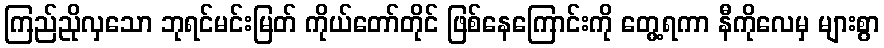
ကြည်ညိုလှသော ဘုရင်မင်းမြတ် ကိုယ်တော်တိုင် ဖြစ်နေကြောင်းကို တွေ့ရကာ နီကိုလေမှ များစွာ